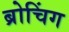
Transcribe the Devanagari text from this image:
ब्रोचिंग